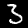
Label: 3